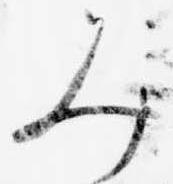
み